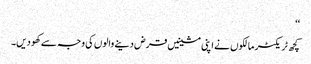
‘‘
کچھ ٹریکٹر مالکوں نے اپنی مشینیں قرض دینے والوں کی وجہ سے کھو دیں۔